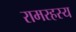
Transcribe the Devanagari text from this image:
रामरहस्य